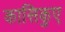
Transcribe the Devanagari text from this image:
कासिकुए